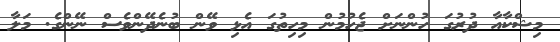
މިޝްކާއާ ދުރުގަ ހުންނަށް ޖެހުމުން މިހިތުގަ އެޅި ވޭން ބުނެދޭންވެސް ނޭންގެ. މަލާ